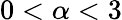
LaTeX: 0<\alpha<3